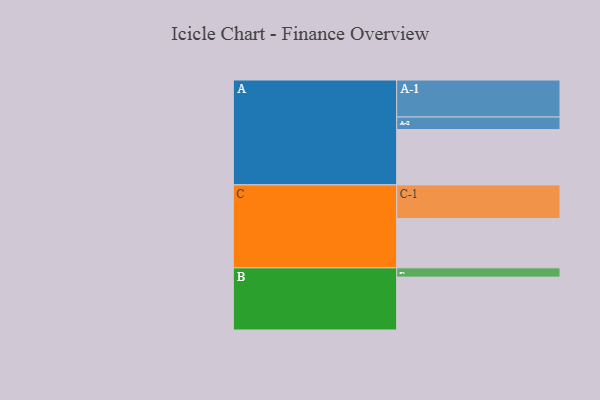
{"axis": {"x": "Segment", "y": "Value"}, "legend": ["", "A", "B", "C"], "data": [{"x": "A", "y": 388, "type": ""}, {"x": "B", "y": 371, "type": ""}, {"x": "C", "y": 346, "type": ""}, {"x": "A-1", "y": 260, "type": "A"}, {"x": "A-2", "y": 88, "type": "A"}, {"x": "B-1", "y": 65, "type": "B"}, {"x": "C-1", "y": 236, "type": "C"}]}